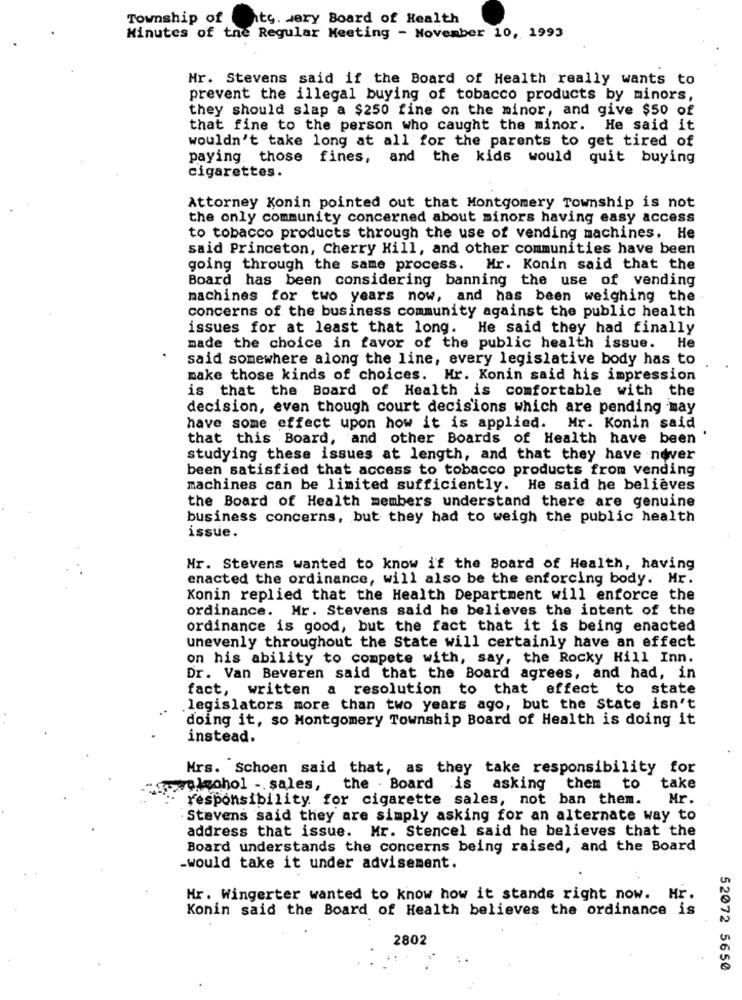
Township of
hts. very Board of Health
Minutes of the Regular Meeting - November 10, 1993
Mr. Stevens said if the Board of Health really wants to
prevent the illegal buying of tobacco products by minors,
they should slap a $250 fine on the minor, and give $50 of
that fine to the person who caught the minor. He said it
wouldn't take long at all for the parents to get tired of
paying those fines, and the kids would quit buying
cigarettes.
Attorney Konin pointed out that Montgomery Township is not
the only community concerned about minors having easy access
to tobacco products through the use of vending machines. He
said Princeton, Cherry Hill, and other communities have been
going through the same process.
Mr. Konin said that the
Board has been considering banning the use of vending
machines for two years now, and has been weighing the
concerns of the business community against the public health
issues for at least that long. He said they had finally
made the choice in favor of the public health issue. He
said somewhere along the line, every legislative body has to
make those kinds of choices. Hr. Konin said his impression
is that the Board of Health is comfortable with the
decision, even though court decisions which are pending may
have some effect upon how it is applied. Mr. Konin said
that this Board, and other Boards of Health have been
studying these issues at length, and that they have never
been satisfied that access to tobacco products from vending
machines can be limited sufficiently. He said he believes
the Board of Health members understand there are genuine
business concerns, but they had to weigh the public health
issue.
Mr. Stevens wanted to know if the Board of Health, having
enacted the ordinance, will also be the enforcing body. Mr.
Konin replied that the Health Department will enforce the
ordinance. Mr. Stevens said he believes the intent of the
ordinance is good, but the fact that it is being enacted
unevenly throughout the State will certainly have an effect
on his ability to compete with, say, the Rocky Hill Inn.
Dr. Van Beveren said that the Board agrees, and had, in
fact, written a resolution to that effect to state
.legislators more than two years ago, but the State isn't
doing it, so Montgomery Township Board of Health is doing it
instead.
Mrs. Schoen said that, as they take responsibility for
we.lechol -. sales,
the . Board is asking
them to
take
responsibility for cigarette sales, not ban them.
Mr.
Stevens said they are simply asking for an alternate way to
address that issue. Mr. Stencel said he believes that the
Board understands the concerns being raised, and the Board
-would take it under advisement.
Hr. Wingerter wanted to know how it stands right now. Hr.
Konin said the Board of Health believes the ordinance is
2802
52072 5650